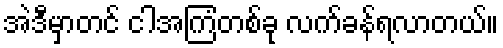
အဲဒီမှာတင် ငါအကြံတစ်ခု လက်ခန်ရလာတယ်။